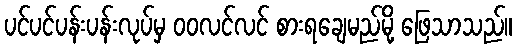
ပင်ပင်ပန်းပန်းလုပ်မှ ဝဝလင်လင် စားရချေမည်မို့ ဖြေသာသည်။